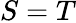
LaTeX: S=T